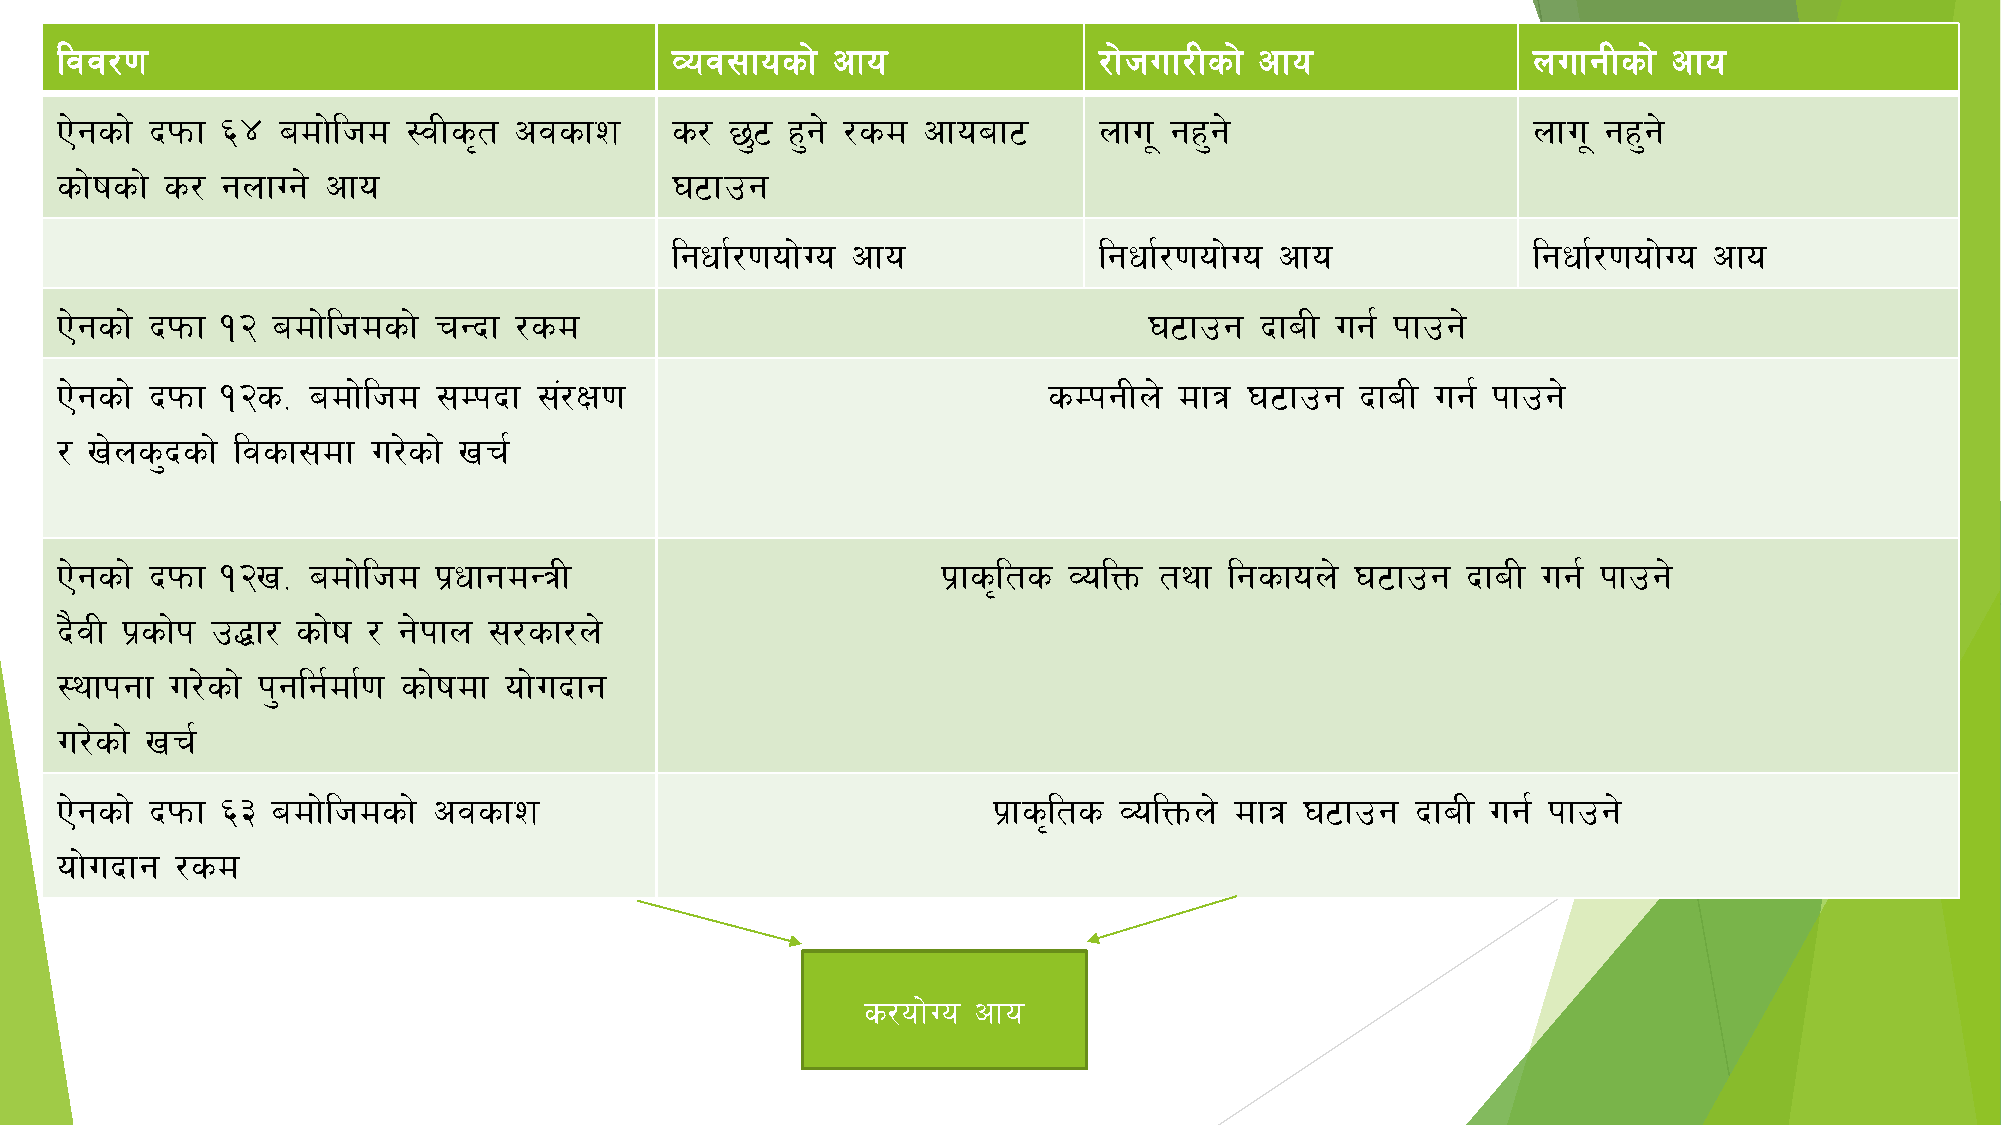
ljj/0f                                  Joj;fosf]  cfo               /f]huf/Lsf] cfo             nufgLsf]  cfo
 P]gsf] bkmf ^$ adf]lhd :jLs[t cjsfz     s/  5'6 x'g] /sd cfoaf6      nfu" gx'g]                  nfu" gx'g]
 sf]ifsf] s/ gnfUg] cfo                  36fpg
 lgwf{/0fof]Uo cfo            lgwf{/0fof]Uo cfo           lgwf{/0fof]Uo cfo
 Pg] sf] bkmf !@ adf]lhdsf] rGbf /sd                                     36fpg  bfaL ug{ kfpg]
 P]gsf] bkmf !@s= adf]lhd ;Dkbf  ;+/If0f                          sDkgLn]  dfq  36fpg  bfaL ug{ kfpg]
 / v]ns'bsf] ljsf;df  u/]sf] vr{
 Pg] sf] bkmf !@v= adf]lhd k|wfgdGqL                       k|fs[lts JolQm tyf lgsfon]  36fpg  bfaL ug{ kfpg]
 b}jL k|sf]k p4f/ sf]if / g]kfn ;/sf/n]
 :yfkgf u/]sf] k'glg{df{0f sf]ifdf ofu] bfg
 u/]sf] vr{
 Pg] sf] bkmf ^# adf]lhdsf] cjsfz                              k|fs[lts JolQmn] dfq 36fpg  bfaL ug{ kfpg]
 ofu] bfg /sd
 s/of]Uo cfo